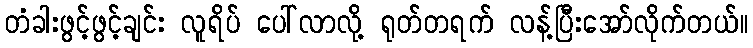
တံခါးဖွင့်ဖွင့်ချင်း လူရိပ် ပေါ်လာလို့ ရုတ်တရက် လန့်ပြီးအော်လိုက်တယ်။